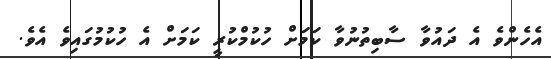
އެހެންވެ އެ ދައުވާ ސާބިތުނުވާ ކަމަށް ހުކުމްކުރީ ކަމަށް އެ ހުކުމުގައިވެ އެވެ.